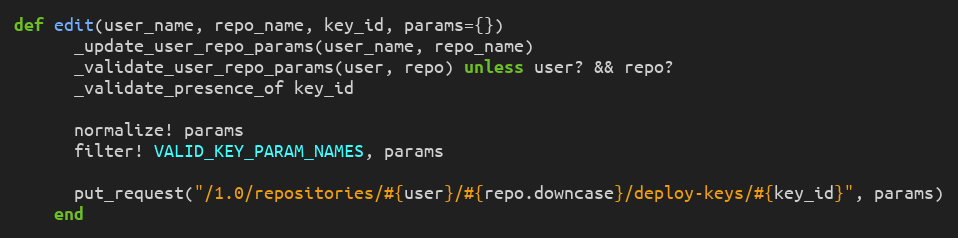
Language: Ruby
def edit(user_name, repo_name, key_id, params={})
      _update_user_repo_params(user_name, repo_name)
      _validate_user_repo_params(user, repo) unless user? && repo?
      _validate_presence_of key_id

      normalize! params
      filter! VALID_KEY_PARAM_NAMES, params

      put_request("/1.0/repositories/#{user}/#{repo.downcase}/deploy-keys/#{key_id}", params)
    end